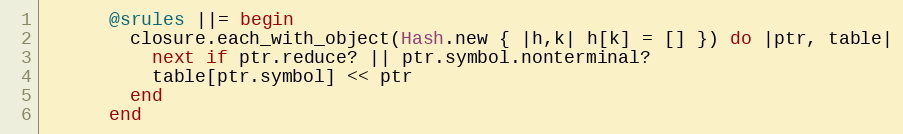
Language: Ruby
      @srules ||= begin
        closure.each_with_object(Hash.new { |h,k| h[k] = [] }) do |ptr, table|
          next if ptr.reduce? || ptr.symbol.nonterminal?
          table[ptr.symbol] << ptr
        end
      end